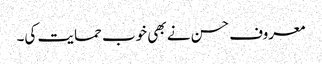
معروف حسن نے بھی خوب حمایت کی۔